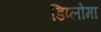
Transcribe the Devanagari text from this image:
डिप्‍लोमा